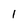
Character: 1